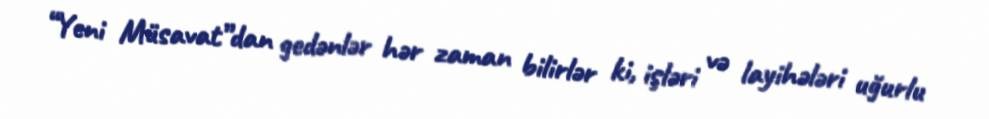
“Yeni Müsavat”dan gedənlər hər zaman bilirlər ki, işləri və layihələri uğurlu